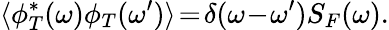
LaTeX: \langle\phi_{T}^{*}(\omega)\phi_{T}(\omega^{\prime})\rangle\! =\! \delta(\omega\! -\! \omega^{\prime})S_{F}(\omega).